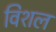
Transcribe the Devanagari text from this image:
विशल